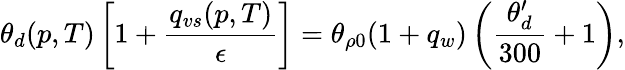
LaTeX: \theta_{d}(p,T)\left[1+\frac{q_{vs}(p,T)}{\epsilon}\right]=\theta_{\rho 0}(1+q_{w})\left(\frac{\theta_{d}^{\prime}}{300}+1\right),